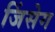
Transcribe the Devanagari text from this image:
जिंसेग